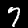
Label: 7